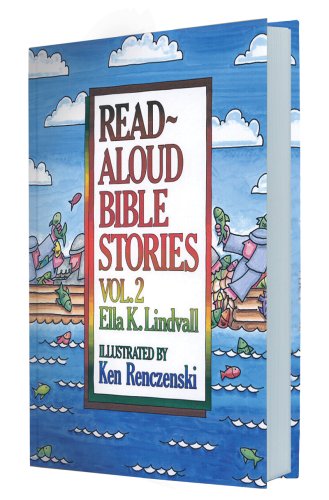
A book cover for Read Aloud Bible Stories: Vol. 2; Ella K. Lindvall; Christian Books & Bibles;